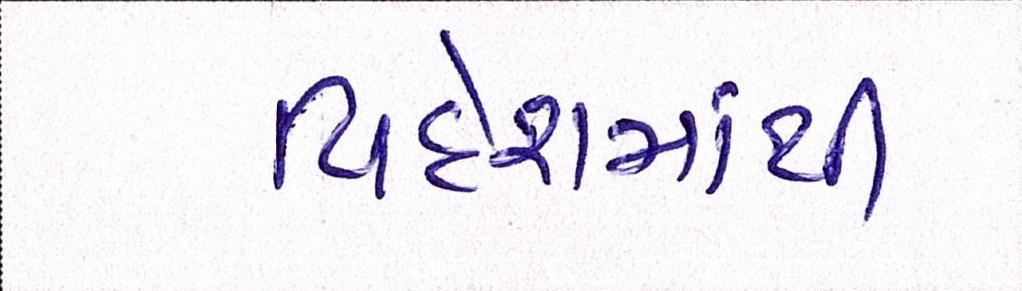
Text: વિદેશમાંથી